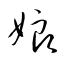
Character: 娘